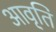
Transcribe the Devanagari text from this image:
आवृ्ति